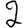
Digit: 2